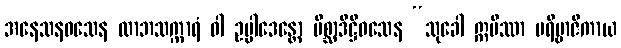
အနေသနဝသေန လာဘသက္ကာရံ ဝါ ဥပ္ပါဒေန္တော မိစ္ဆာဒိဋ္ဌိဝသေန “သုခေါ ဣမိဿာ ပရိဗ္ဗာဇိကာယ